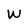
Character: W